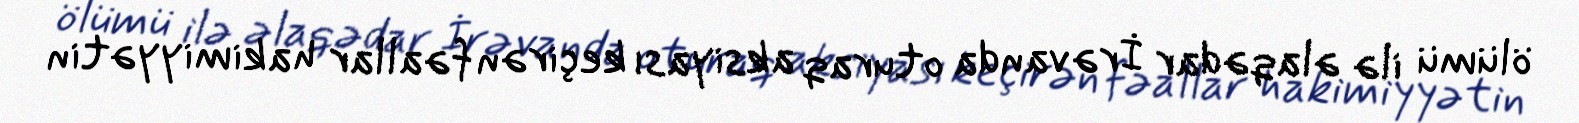
ölümü ilə əlaqədar İrəvanda oturaq aksiyası keçirən fəallar hakimiyyətin